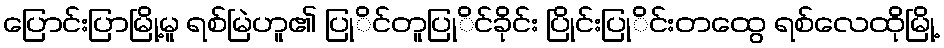
ပြောင်းပြာမြို့မူ ရစ်မြဲဟူ၏ ပြုိင်တူပြုိင်ခိုင်း ပြိုင်းပြုိင်းတထွေ ရစ်လေထိုမြို့